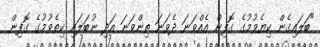
"ބަލައިގެން ކިޔެވުމުގެ ގޮފިން އެއްވަނަ ދެވަނަ ތިންވަނަ އަދި ނުބަލައި ކިތެވުމުގެ ގޮފިން